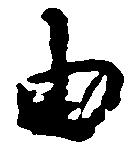
由